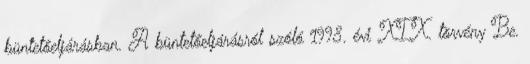
büntetőeljárásban. A büntetőeljárásról szóló 1998. évi XIX. törvény Be.